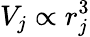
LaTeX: V_{j}\propto r_{j}^{3}